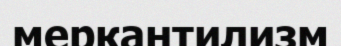
меркантилизм